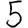
Digit: 5